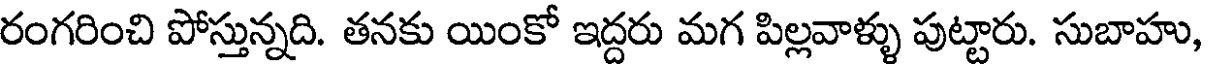
రంగరించి పోస్తున్నది. తనకు యింకో ఇద్దరు మగ పిల్లవాళ్ళు పుట్టారు. సుబాహు,